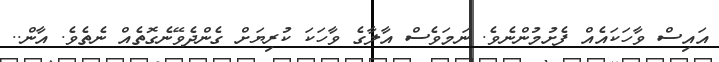
އައިސް ވާހަކައެއް ފެށުމުންނެވެ. ނަމަވެސް އާލާގެ ވާހަކަ ކުރިޔަށް ގެންދެވޭނެގޮތެއް ނެތެވެ. އާން..